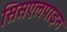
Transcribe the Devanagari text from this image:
सिसएलपाइन